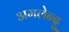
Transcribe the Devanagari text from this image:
अमलेन्दु